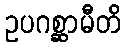
ဥပဂစ္ဆာမီတိ